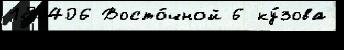
180406 Восто́чной 6 ку́зова